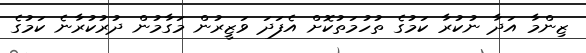
ޒިންމާ އަދާ ނުކުރާ ކަމުގެ ތުހުމަތުކޮށް އެފަދަ ވަޒީރުން މަގާމުން ދުރުކުރާނެ ކަމުގެ